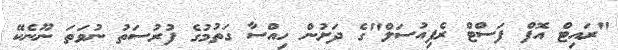
"ރައިޓް އޮފް ފަސްޓް ރެފިއުސަލް"ގެ ދަށުން ހިއްސާ ގަތުމުގެ ފުރުސަތު ނުވަތަ ނޫނެކޭ